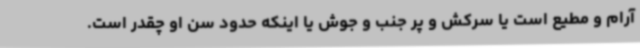
آرام و مطیع است یا سرکش و پر جنب و جوش یا اینکه حدود سن او چقدر است.